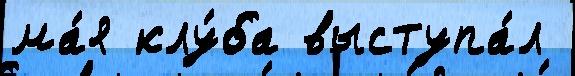
ма́я клу́ба выступа́л